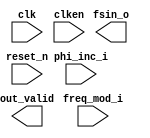

module fsk (
	clk,
	clken,
	phi_inc_i,
	freq_mod_i,
	fsin_o,
	out_valid,
	reset_n);	

	input		clk;
	input		clken;
	input	[31:0]	phi_inc_i;
	input	[24:0]	freq_mod_i;
	output	[13:0]	fsin_o;
	output		out_valid;
	input		reset_n;
endmodule